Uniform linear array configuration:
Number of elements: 16
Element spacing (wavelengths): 0.5
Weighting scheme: exponential
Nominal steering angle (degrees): -60
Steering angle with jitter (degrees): -59.161
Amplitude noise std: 0.05
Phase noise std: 0.05

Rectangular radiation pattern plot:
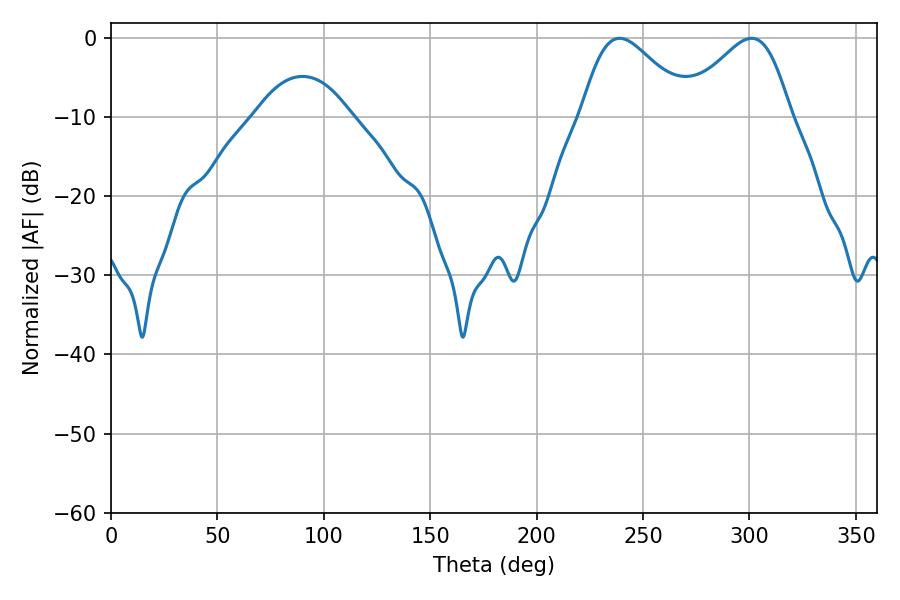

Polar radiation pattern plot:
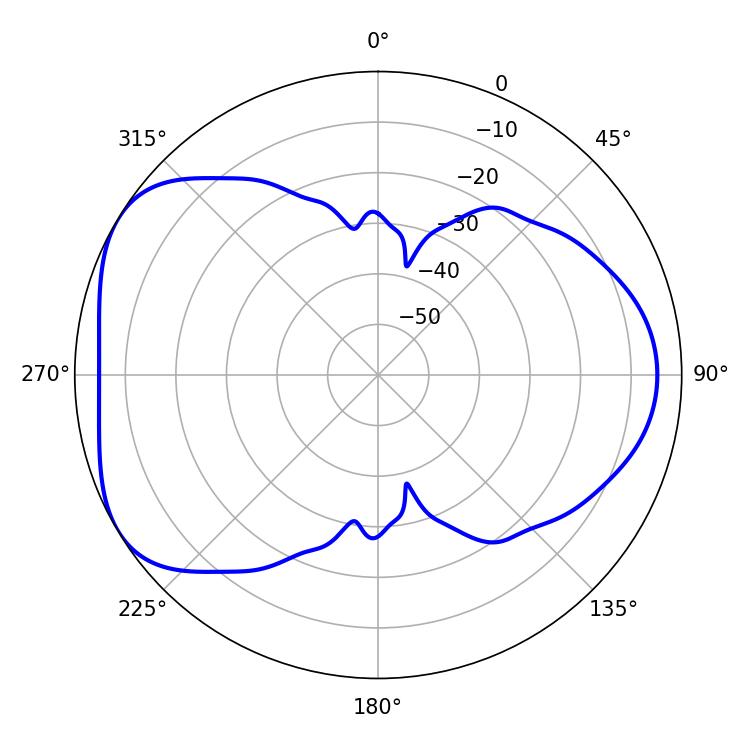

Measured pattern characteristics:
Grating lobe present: FALSE
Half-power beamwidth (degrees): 26.82
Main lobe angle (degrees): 239.04